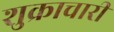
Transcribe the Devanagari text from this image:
शुक्राचारी